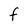
Character: f